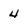
Character: 4